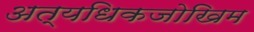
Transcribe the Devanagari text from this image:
अत्यधिकजोखिम